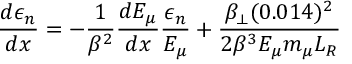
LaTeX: \frac { d \epsilon _ { n } } { d x } = - \frac { 1 } { \beta ^ { 2 } } \frac { d E _ { \mu } } { d x } \frac { \epsilon _ { n } } { E _ { \mu } } + \frac { \beta _ { \perp } ( 0 . 0 1 4 ) ^ { 2 } } { 2 \beta ^ { 3 } E _ { \mu } m _ { \mu } L _ { R } } \,